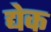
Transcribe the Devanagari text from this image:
द्येक